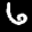
Label: 6